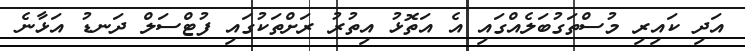
އަދި ކައިރި މުސްތަގުބަލެއްގައި އެ އަތޮޅު އިތުރު ރަށްތަކުގައި ފުޓްސަލް ދަނޑު އަޅާނެ